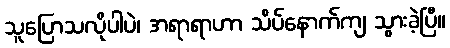
သူပြောသလိုပါပဲ၊ အရာရာဟာ သိပ်နောက်ကျ သွားခဲ့ပြီ။